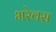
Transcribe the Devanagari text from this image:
भरेवस